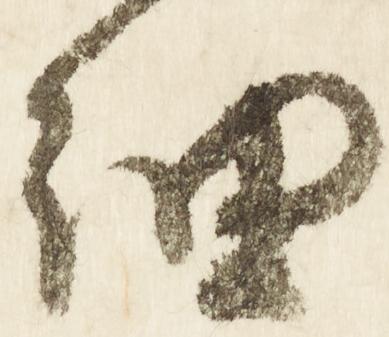
細